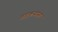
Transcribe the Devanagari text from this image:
वारकऱ्यांसह